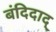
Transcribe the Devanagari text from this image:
बंदिदाद्